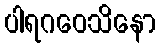
ပါရဂဝေသိနော